Annual report on the working of the mental hospitals in the Madras Presidency - 1912-1932
Year: 1912
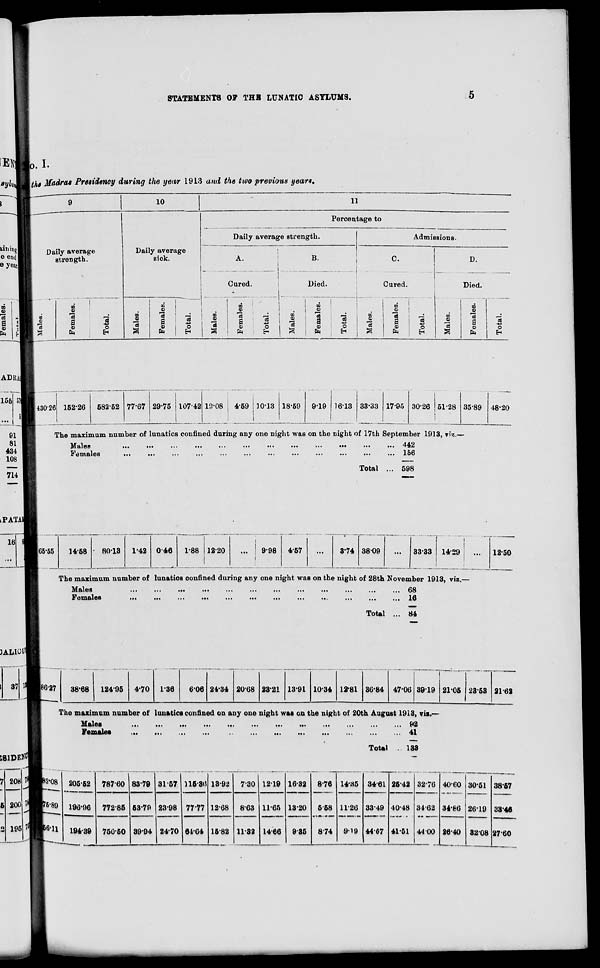
STATEMENTS OP THE LUNATIC ASYLUMS.
I. I-
J l/htiUfAf Madras Presidency during the year 1913 and the two previous years.
lining I
e end I
6 yeatl
m
0)
a
S j
<u
fa b
9
10
11
Percentage to
Daily average strength.
Admissions.
Daily average
strength.
Daily average
sick.
Males.
!
Cured.
to
S
si
i—i
S
+3
O
O
.
B.
Died.
— -
i
Males.
C.
Cured.
V
OJ
a
fa
1
Total.
j
Males.
D.
Died.
BO
9
•a
s o
fa
1 ■
[ s
Females.
,
!
Total.
i
i
CD
"3
Females.
Total.
/
Males.
Females.
Total.
"3 ■+3
o
EH
AD ISA;
155
91
81
434
108
714
430-26
29-75 1107-42 13-08 | 4-59 ! 10-13 18-59
I
9-19 1613 33-33 17-95 30-26 51-28 35-89
The maximum number of lunatics confined during any one night was on the night of 17th September 1913, vis.—
Males
•••
•••
•••
•••
•••
■••
'•*
•••
■••
•••
•••
••* 442
Females
156
Total ... 598
48-20
PATAU
16
3AL1UU1
05-55
14-58
80-13
1-42 0-46
1-88 12-20
.
9-98
4-57
3809
33-33 14-29
The maximum number of lunatics confined during any one night was on the night of 28th November 1913, viz.
Males
...
...
...
...
•••
•••
...
...
...
...
...
... 68
Females
...
...
...
...
...
...
...
...
...
...
...
... 16
Total ... 84
12-50
37
5SlDEtf C |
208
200
195
38'68
12495 4-70 1-36
606 24-34 2008 23-21 13-91 10-34 12*81 30-84 47-00 39-19 2105 23-63 2162
The maximum number of lunatics confined on any one night waa on the night of 20th August 1913, via.-
-MftlGS
•••
••»
••«
•••
•••
•••
■»«
•••
>••
...
in
...
r*w
Female*
41
Total , 133
^Htl2'08 205-62
78760 83-79 31-57 116-30 13-92 7-30 1219 16-32
13-20
9-35
8-76
558
8-74
14-35 34-61 26-42
40-48
41-51
32-76
34-62
44 00
4060
34*86
30-51
2619
Vw6-89 196-96
772-85 63-70 23-98
24-70
77-77 12-68 8-63 11-65
11-26
919
33-49
44-67
Wii 194-39 760-50 39-94
64-64 16-82 11-32 14-66
26-40 3208
38-57
33-46
2760